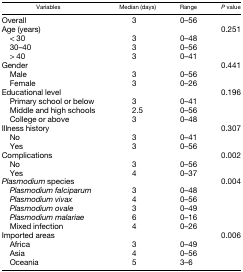
<table><thead><tr><td><b>Variables</b></td><td><b>Median (days)</b></td><td><b>Range</b></td><td><b><i>P</i> value</b></td></tr></thead><tbody><tr><td>Overall</td><td>3</td><td>0–56</td><td></td></tr><tr><td>Age (years)</td><td></td><td></td><td>0.251</td></tr><tr><td> &lt; 30</td><td>3</td><td>0–48</td><td></td></tr><tr><td> 30–40</td><td>3</td><td>0–56</td><td></td></tr><tr><td> &gt; 40</td><td>3</td><td>0–41</td><td></td></tr><tr><td>Gender</td><td></td><td></td><td>0.441</td></tr><tr><td> Male</td><td>3</td><td>0–56</td><td></td></tr><tr><td> Female</td><td>3</td><td>0–26</td><td></td></tr><tr><td>Educational level</td><td></td><td></td><td>0.196</td></tr><tr><td> Primary school or below</td><td>3</td><td>0–41</td><td></td></tr><tr><td> Middle and high schools</td><td>2.5</td><td>0–56</td><td></td></tr><tr><td> College or above</td><td>3</td><td>0–48</td><td></td></tr><tr><td>Illness history</td><td></td><td></td><td>0.307</td></tr><tr><td> No</td><td>3</td><td>0–41</td><td></td></tr><tr><td> Yes</td><td>3</td><td>0–56</td><td></td></tr><tr><td>Complications</td><td></td><td></td><td>0.002</td></tr><tr><td> No</td><td>3</td><td>0–56</td><td></td></tr><tr><td> Yes</td><td>4</td><td>0–37</td><td></td></tr><tr><td><i>Plasmodium</i> species</td><td></td><td></td><td>0.004</td></tr><tr><td> <i>Plasmodium falciparum</i></td><td>3</td><td>0–48</td><td></td></tr><tr><td> <i>Plasmodium vivax</i></td><td>4</td><td>0–56</td><td></td></tr><tr><td> <i>Plasmodium ovale</i></td><td>3</td><td>0–49</td><td></td></tr><tr><td> <i>Plasmodium malariae</i></td><td>6</td><td>0–16</td><td></td></tr><tr><td> Mixed infection</td><td>4</td><td>0–26</td><td></td></tr><tr><td>Imported areas</td><td></td><td></td><td>0.006</td></tr><tr><td> Africa</td><td>3</td><td>0–49</td><td></td></tr><tr><td> Asia</td><td>4</td><td>0–56</td><td></td></tr><tr><td> Oceania</td><td>5</td><td>3–6</td><td></td></tr></tbody></table>